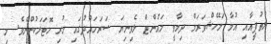
ލުތުފީއާއި އުމާ މަހޭޝްވަރަމް ދިމާވީ މައުންޓް ލެވިނިޔަ ސަރަހައްދުގައި ހުރި ހޮޓަލަކުންނެވެ. މި